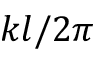
k l / 2 \pi